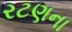
રટણના